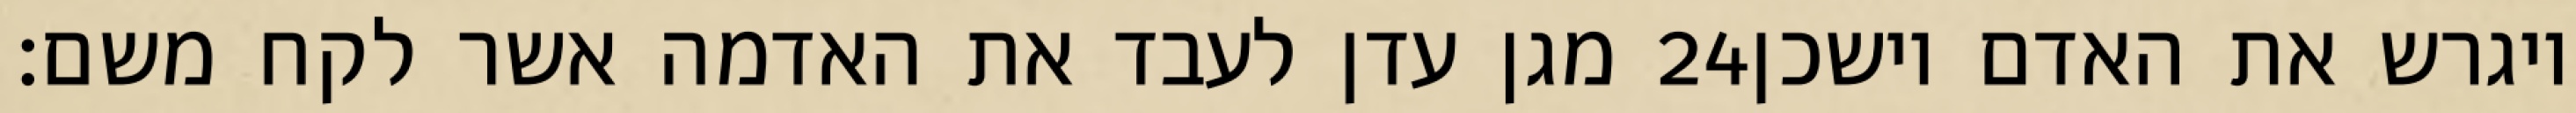
מגן עדן לעבד את האדמה אשר לקח משם׃ ‎24‏ ויגרש את האדם וישכן